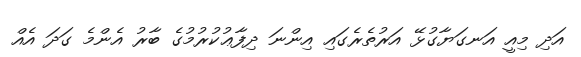
އަދި މިއީ އަނގަޔާގުޅޭ އަރުތެރެގައި އިންނަ ދިފާޢުކުރުމުގެ ބާރު އެންމެ ގަދަ އެއް